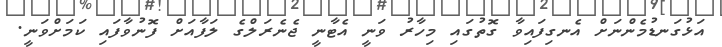
އަޅުގަނޑުމެންނަށް އެނގިފައިވާ ގޮތުގައި މިހާރު ވަނީ އެޓާނީ ޖެނެރަލްގެ ލަފާއަށް ފޮނުވާފައި ކަމަށްވަނީ.